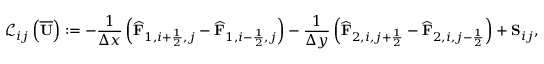
\mathcal { L } _ { i j } \left( \overline { { \mathbf { U } } } \right) : = - \frac { 1 } { \Delta x } \left( \widehat { \mathbf { F } } _ { 1 , i + \frac { 1 } { 2 } , j } - \widehat { \mathbf { F } } _ { 1 , i - \frac { 1 } { 2 } , j } \right) - \frac { 1 } { \Delta y } \left( \widehat { \mathbf { F } } _ { 2 , i , j + \frac { 1 } { 2 } } - \widehat { \mathbf { F } } _ { 2 , i , j - \frac { 1 } { 2 } } \right) + { \mathbf { S } } _ { i j } ,